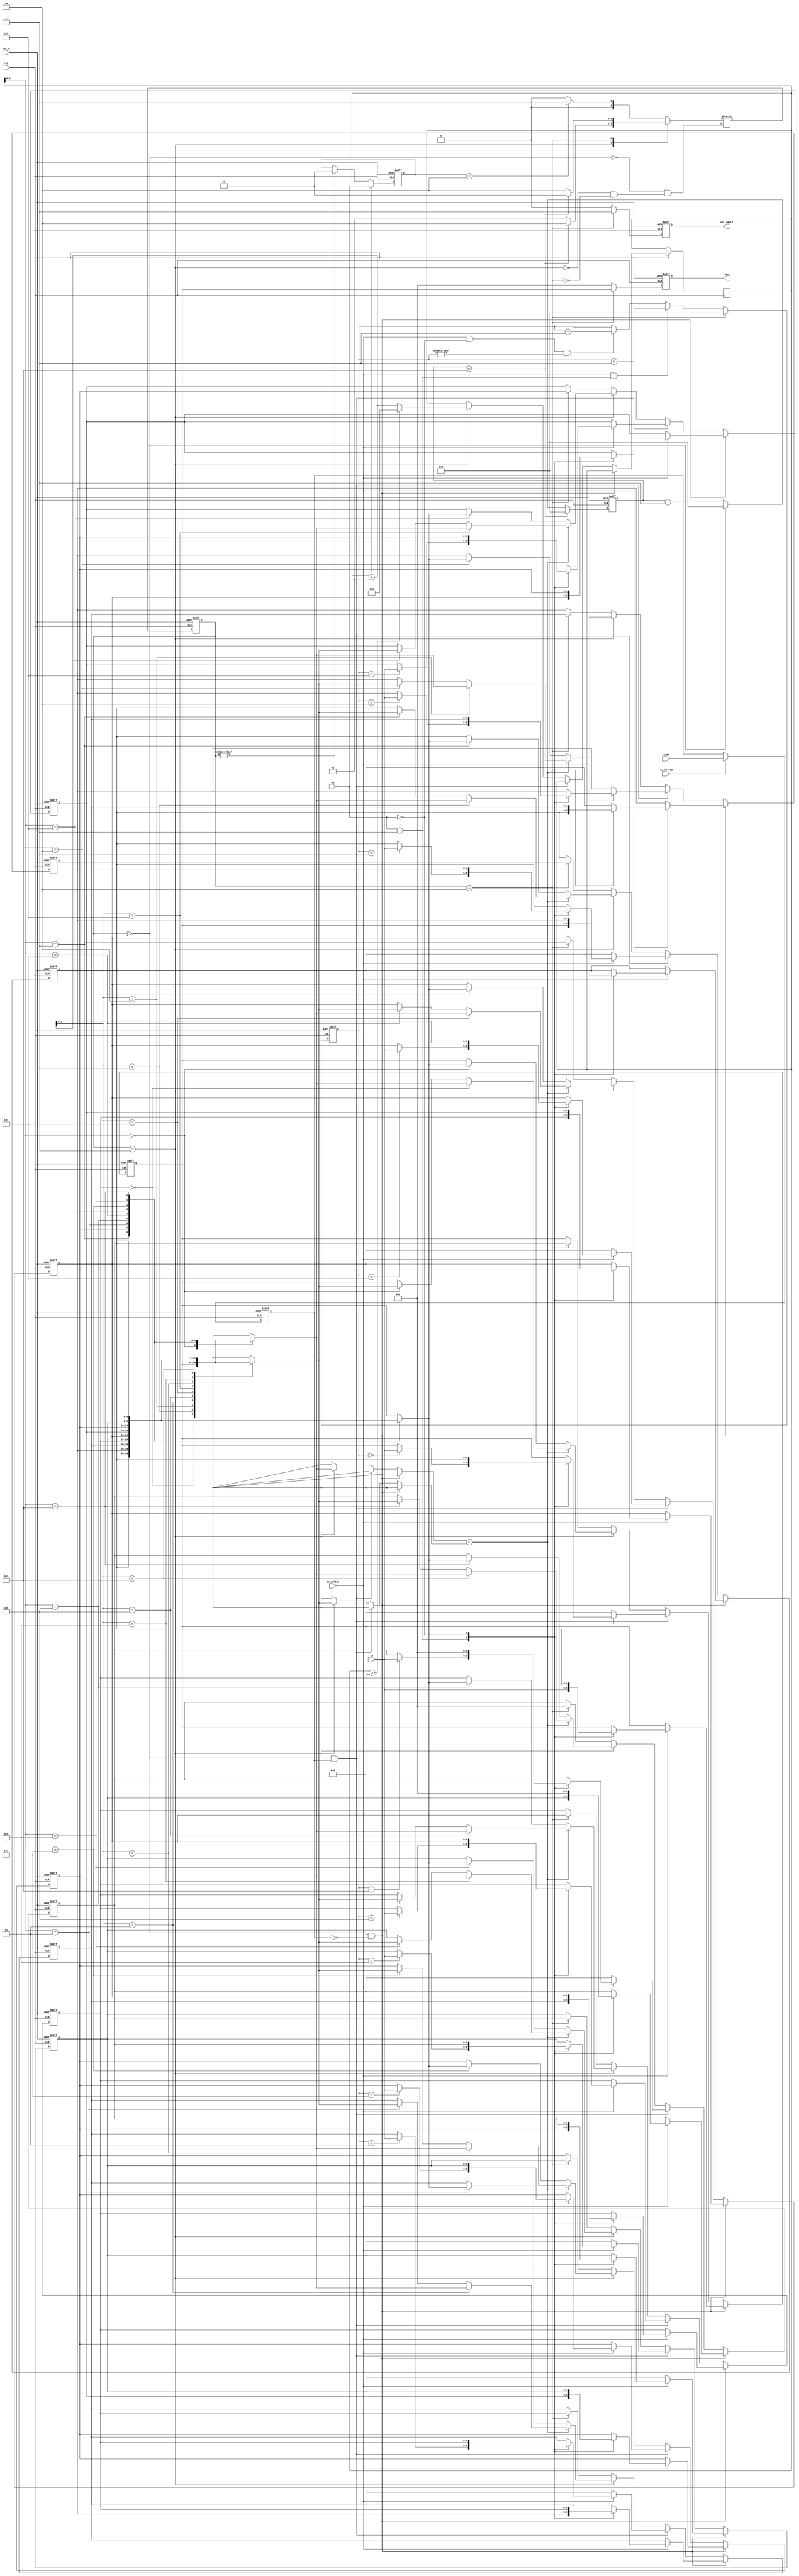
module SORT(
  // Input signals
  clk,
  rst_n,
  in_valid1,
  in_valid2,
  in,
  mode,
  op,
  // Output signals
  out_valid,
  out
);
//---------------------------------------------------------------------
//   INPUT AND OUTPUT DECLARATION                         
//---------------------------------------------------------------------
input clk;
input rst_n;
input in_valid1;
input in_valid2;
input [4:0] in;
input mode;
input [1:0] op;
output reg out_valid;
output reg [4:0] out;
//---------------------------------------------------------------------
// PARAMETER DECLARATION
//---------------------------------------------------------------------
parameter get_in=0;
parameter sorting = 1;
parameter show = 2;

integer i = 0;
integer x = 0;
//---------------------------------------------------------------------
//   WIRE AND REG DECLARATION                             
//---------------------------------------------------------------------
reg [1:0] state, nstate;
reg [1:0] hold_op;
reg [3:0] count;
reg [3:0] queue;
reg [4:0] storage[0:9];
reg [4:0] p1,p2,p3,p4,p5,p6,p7,p8,p9,p10;
reg mode_now;
//---------------------------------------------------------------------
//   Finite-State Mechine                                          
//---------------------------------------------------------------------
always@(posedge clk or negedge rst_n)
begin
	if (!rst_n) state <= get_in;
	else state <= nstate;
end

always@(*)
begin
	case(state)
		get_in	: if (hold_op==2) nstate = sorting;
			  else nstate = get_in;
		sorting	: if (count==9) nstate = show;
			  else nstate = sorting;
		show	: if (count==9) nstate = get_in;
			  else nstate = show;
	endcase
end
//---------------------------------------------------------------------
//   Design Description                                          
//---------------------------------------------------------------------
//********************** counter **************************
always@(posedge clk or negedge rst_n)
begin
	if (!rst_n) count <= 0;
	else if (count==9) count <= 0;
	else 
	begin
		case (state)
			get_in	: count <= 0;
			default : count <= count + 1;
		endcase
	end
end

//******************** queue counter ****************************
always@(posedge clk or negedge rst_n)
begin
	if (!rst_n) queue <= 0;
	else if (state==show) queue <= 0;
	else if (in_valid1 && op==1) queue <= queue + 1;
	else if (in_valid1 && !op && queue!=0) queue <= queue - 1;
	else queue <= queue;
end

//*********************** hold_op *****************************
always@(posedge clk or negedge rst_n)
begin
	if (!rst_n) hold_op <= 0;
	else if (in_valid1) hold_op <= op;
	else if (state!=get_in) hold_op <= 0;
	else hold_op <= hold_op;
end

//********************** get mode **************************
always@(posedge clk or negedge rst_n)
begin
	if (!rst_n) mode_now <= 0;
	else if (in_valid2) mode_now <= mode;
	else mode_now <= mode_now;
end

//********************** out ****************************
always@(posedge clk or negedge rst_n)
begin
	if (!rst_n) out <= 0;
	else if (state==show) out <= storage[0];
	else out <= 0;
end

//********************* out valid ************************
always@(posedge clk or negedge rst_n)
begin
	if (!rst_n) out_valid <= 0;
	else if (state==show) out_valid <= 1;
	else out_valid <= 0;
end

//*********************** input ***************************
always@(posedge clk or negedge rst_n)
begin
	if (!rst_n)
	begin
		for (i=0;i<10;i=i+1)
		begin
			storage[i] <= 0;
		end
	end
	//stack
	else if (state==get_in && !mode_now)
	begin
		if (in_valid1)
		begin
			case (op)
				1: begin
					storage[9] <= storage[8];
					storage[8] <= storage[7];
					storage[7] <= storage[6];
					storage[6] <= storage[5];
					storage[5] <= storage[4];
					storage[4] <= storage[3];
					storage[3] <= storage[2];
					storage[2] <= storage[1];
					storage[1] <= storage[0];
					storage[0] <= in;
					p10 <= p9;
					p9 <= p8;
					p8 <= p7;
					p6 <= p5;
					p5 <= p4;
					p4 <= p3;
					p3 <= p2;
					p2 <= p1;
					p1 <= in;
				   end
				0: begin
					storage[9] <= 0;
					storage[8] <= storage[9];
					storage[7] <= storage[8];
					storage[6] <= storage[7];
					storage[5] <= storage[6];
					storage[4] <= storage[5];
					storage[3] <= storage[4];
					storage[2] <= storage[3];
					storage[1] <= storage[2];
					storage[0] <= storage[1];
				   end
				default: begin
						for (i=0;i<10;i=i+1) storage[i] <= storage[i];
				         end
			endcase
		end
		else 
		begin
			for (i=0;i<10;i=i+1) storage[i] <= storage[i];
		end
	end
	//queue
	else if (state==get_in && mode_now)
	begin
		if (in_valid1)
		begin
			case (op)
				1: begin
					storage[queue] <= in;
					case(queue)
						0: p1 <= in;
						1: p2 <= in;
						2: p3 <= in;
						3: p4 <= in;
						4: p5 <= in;
						5: p6 <= in;
						6: p7 <= in;
						7: p8 <= in;
						8: p9 <= in;
						9: p10 <= in;
					endcase
				   end
				0: begin
					storage[9] <= 0;
					storage[8] <= storage[9];
					storage[7] <= storage[8];
					storage[6] <= storage[7];
					storage[5] <= storage[6];
					storage[4] <= storage[5];
					storage[3] <= storage[4];
					storage[2] <= storage[3];
					storage[1] <= storage[2];
					storage[0] <= storage[1];
				   end
				default: begin
						for (i=0;i<10;i=i+1) storage[i] <= storage[i];
				         end
			endcase
		end
		else 
		begin
			for (i=0;i<10;i=i+1) storage[i] <= storage[i];
		end
	end
	else if (state==sorting)
	begin
		if (storage[x]<storage[x+1])
		begin
			storage[x] <= storage[x+1];
			storage[x+1] <= storage[x]; 
		end
		else storage[x] <= storage[x];
		
		if (x>9) x <= 0;
		else x <= x + 1;
	end
	else if (state==show)
	begin
		storage[0] <= storage[1];
		storage[1] <= storage[2];
		storage[2] <= storage[3];
		storage[3] <= storage[4];
		storage[4] <= storage[5];
		storage[5] <= storage[6];
		storage[6] <= storage[7];
		storage[7] <= storage[8];
		storage[8] <= storage[9];
		storage[9] <= 0;
	end
	else
	begin
		for (i=0;i<10;i=i+1)
		begin
			storage[i] <= storage[i];
		end
	end
end

endmodule